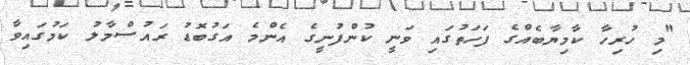
"މި ހުރިހާ ކާމިޔާބެއްގެ ފަހަތުގައި ވަނީ ކުންފުނީގެ އެންމެ އަގުބޮޑު ރައުސްމާލު ކަމުގައިވާ